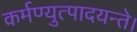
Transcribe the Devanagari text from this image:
कर्मण्युत्पादयन्ते।